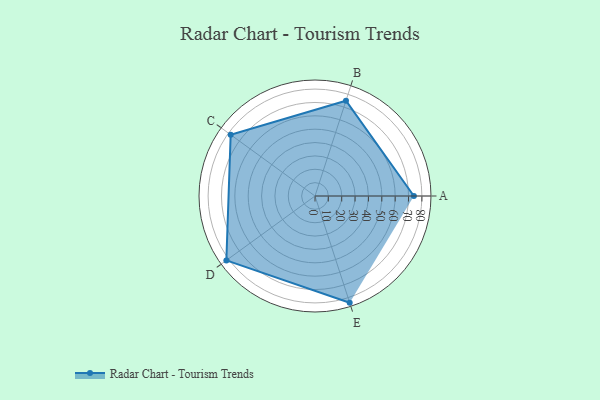
{"axis": {"x": "Skill", "y": "Score"}, "legend": ["Profile"], "data": [{"x": "A", "y": 74.0, "type": "Profile"}, {"x": "B", "y": 75.0, "type": "Profile"}, {"x": "C", "y": 78.0, "type": "Profile"}, {"x": "D", "y": 82.0, "type": "Profile"}, {"x": "E", "y": 84.0, "type": "Profile"}]}